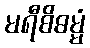
မရီစိဓမ္မံ